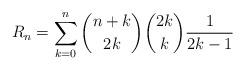
LaTeX: \begin{align*}R_n=\sum_{k=0}^{n}{n+k\choose 2k}{2k\choose k}\frac{1}{2k-1}\end{align*}